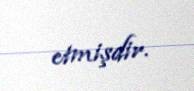
etmişdir.